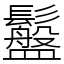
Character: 䰔